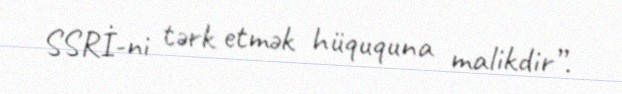
SSRİ-ni tərk etmək hüququna malikdir”.